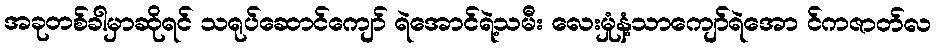
အခုတစ်ခါမှာဆိုရင် သရုပ်ဆောင်ကျော် ရဲအောင်ရဲ့သမီး လေးမှုံနံ့သာကျော်ရဲအော င်ကဇာတ်လ